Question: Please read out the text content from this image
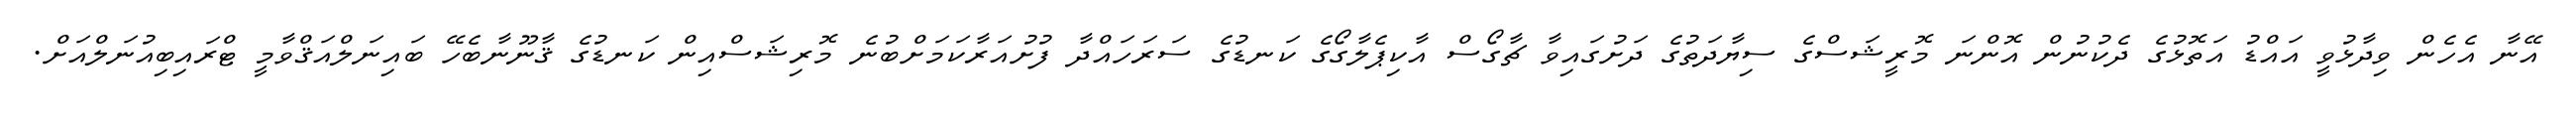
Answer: އޭނާ އެހެން ވިދާޅުވީ އައްޑު އަތޮޅުގެ ދެކުނުން އޮންނަ މޮރީޝަސްގެ ސިޔާދަތުގެ ދަށުގައިވާ ޗާގޯސް އާކިޕެލާގޯގެ ކަނޑުގެ ސަރަހައްދާ ފުށުއަރާކަމަށްބުނެ މޮރިޝަސްއިން ކަނޑުގެ ޤާނޫނާބެހޭ ބައިނަލްއަޤްވާމީ ޓްރައިބިއުނަލްއަށް.